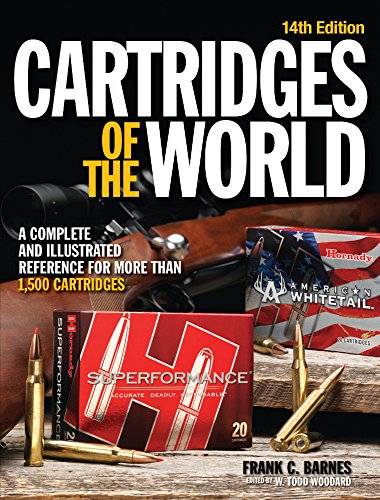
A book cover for Cartridges of the World: A Complete and Illustrated Reference for Over 1500 Cartridges; Reference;